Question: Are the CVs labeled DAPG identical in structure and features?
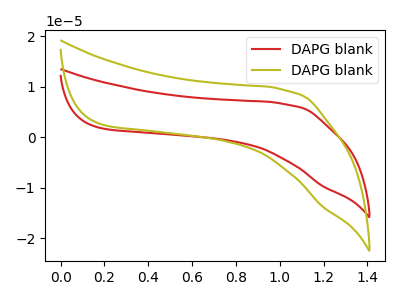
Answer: <think>The red curve "DAPG blank1" has no peaks. The olive curve "DAPG blank2" has no peaks.
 Neither "DAPG blank1" or "DAPG blank2" have any peaks.</think>
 <answer>All the CV's of "DAPG" have similar shape.</answer>
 <eval>follow_rule</eval>